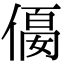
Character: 𠍛